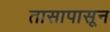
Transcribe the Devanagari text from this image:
तासापासून